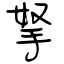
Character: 拏